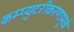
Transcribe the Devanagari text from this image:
कम्प्युटरीकरणामुळे